Annual administration report of the Civil Veterinary Department, Ajmere-Merwara, British Rajputana - 1914-1940
Year: 1914
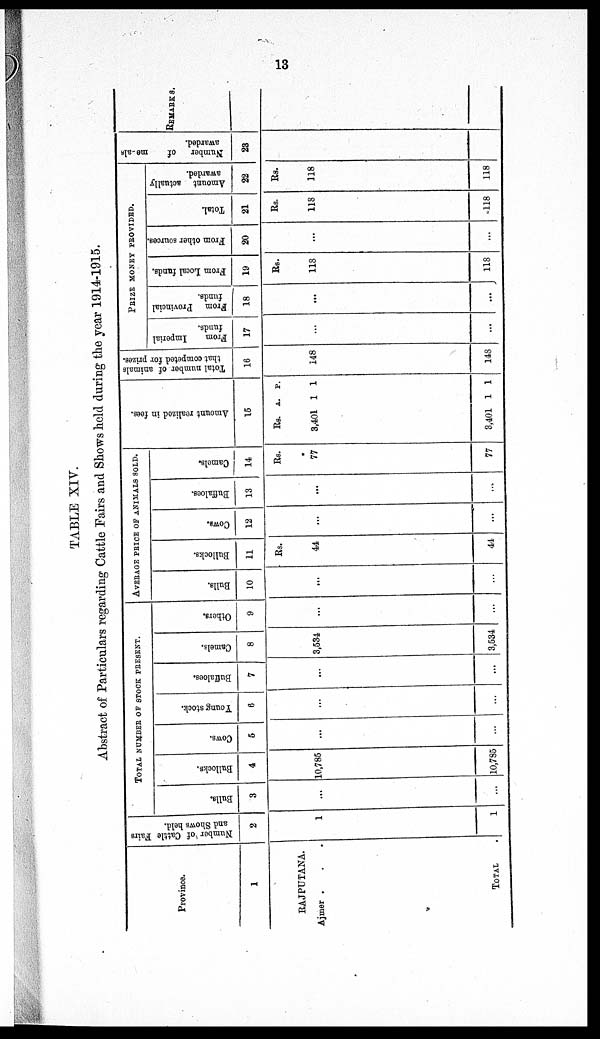
13
TABLE XIV.
Abstract of Particulars regarding Cattle Fairs and Shows held during the year 1914-1915.
Province.
1
RAJPUTANA.
Ajmer . . .
TOTAL
Number of Cattle Fairs
and Shows held.
2
1
1
TOTAL NUMBER OF STOCK PRESENT
Bulls.
3
...
...
Bullocks.
4
10,785
10,785
Cows.
5
...
...
Young stock.
6
...
...
Buffaloes.
7
...
...
Camels.
8
3,534
3,534
Others.
9
...
...
AVERAGE PRICE OF ANIMALS SOLD.
Bulls.
10
...
...
Bullocks.
11
Rs.
14
44
Cows.
12
...
...
Buffaloes.
13
...
...
Camels.
14
Rs.
77
77
Amo u n t r e a l i z e d in fees.
15
Rs.
3,401
A.
1
P.
1
3,401 1 1
Total number of animals
that competed for prizes.
16
148
148
PRIZE MONEY PROVIDED
From
Imperial
funds.
17
...
...
From Provincial
funds.
18
...
...
From Local funds.
19
Rs.
118
118
From other sources.
20
...
...
Total.
21
Rs.
118
118
Amount actually
awarded.
22
Rs.
118
118
Number
of
me-als
awarded.
23
REMARKS.